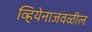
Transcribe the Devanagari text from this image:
व्हियेनाजवळील